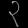
Digit: ၃